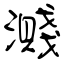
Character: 濺